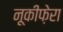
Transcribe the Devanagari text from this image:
नूकीफ़ेरा